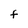
Character: f